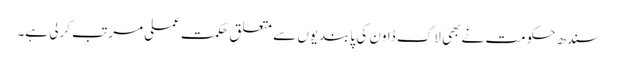
سندھ حکومت نے بھی لاک ڈاون کی پابندیوں سے متعلق حکمت عملی مرتب کرلی ہے۔